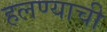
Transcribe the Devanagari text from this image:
हलण्याची